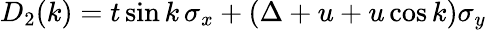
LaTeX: D_{2}(k)=t\sin k\, \sigma_{x}+\left(\Delta+u+u\cos k\right)\sigma_{y}